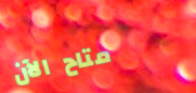
متاح الآن